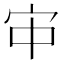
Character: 𫲹